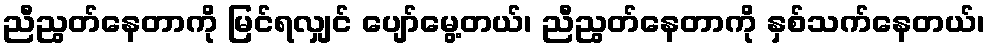
ညီညွတ်နေတာကို မြင်ရလျှင် ပျော်မွေ့တယ်၊ ညီညွတ်နေတာကို နှစ်သက်နေတယ်၊